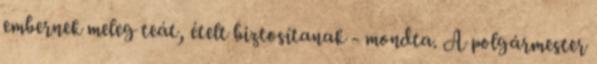
embernek meleg teát, ételt biztosítanak - mondta. A polgármester